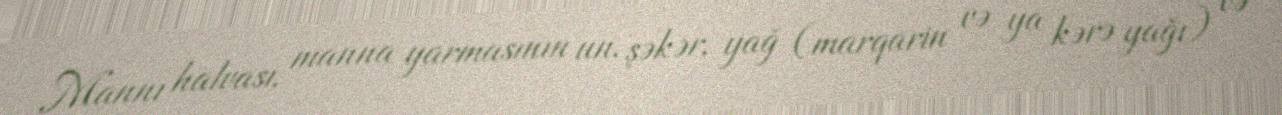
Mannı halvası, manna yarmasının un, şəkər, yağ (marqarin və ya kərə yağı) və